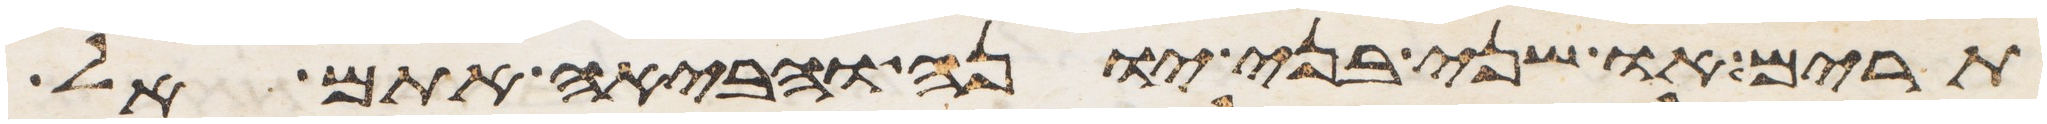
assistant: תרים או שני בני יונה והביאה אתם אל